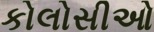
કોલોસીઓ